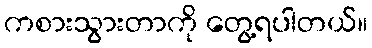
ကစားသွားတာကို တွေ့ရပါတယ်။